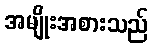
အမျိုးအစားသည်